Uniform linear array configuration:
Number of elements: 4
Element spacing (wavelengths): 1
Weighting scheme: binomial
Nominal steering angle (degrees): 30
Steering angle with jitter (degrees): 29.946
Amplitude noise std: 0.05
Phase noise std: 0.05

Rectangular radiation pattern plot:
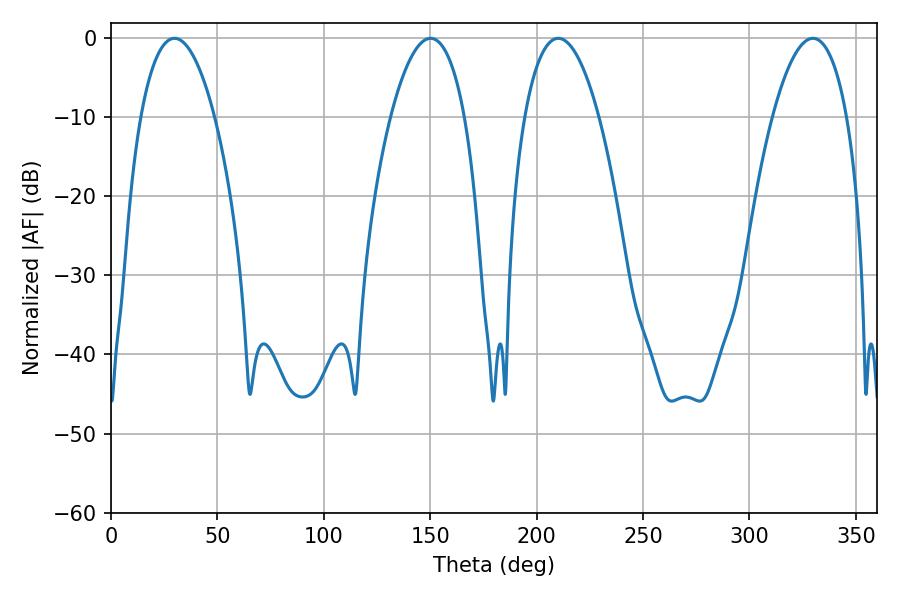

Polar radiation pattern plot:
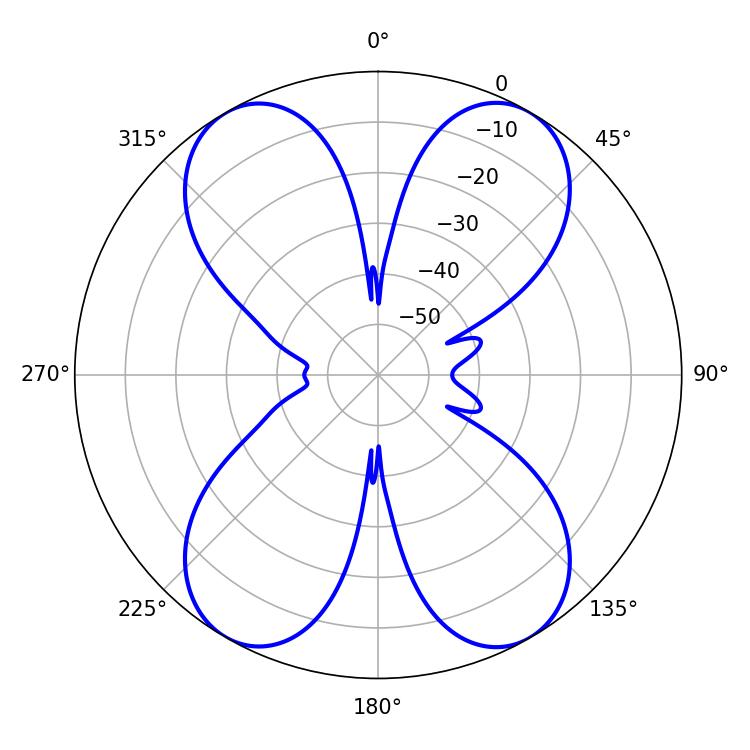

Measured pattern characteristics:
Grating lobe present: TRUE
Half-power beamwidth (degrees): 19.44
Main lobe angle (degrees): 29.88